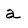
Character: a